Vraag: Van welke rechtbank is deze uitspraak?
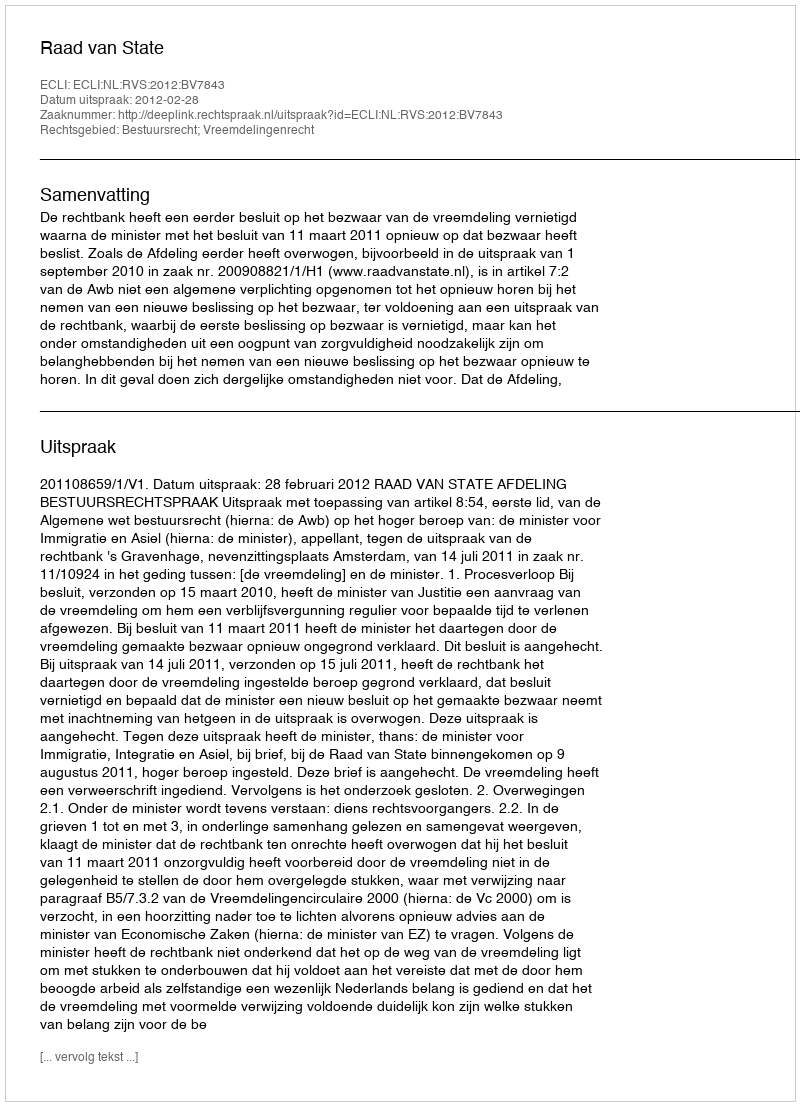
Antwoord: Raad van State